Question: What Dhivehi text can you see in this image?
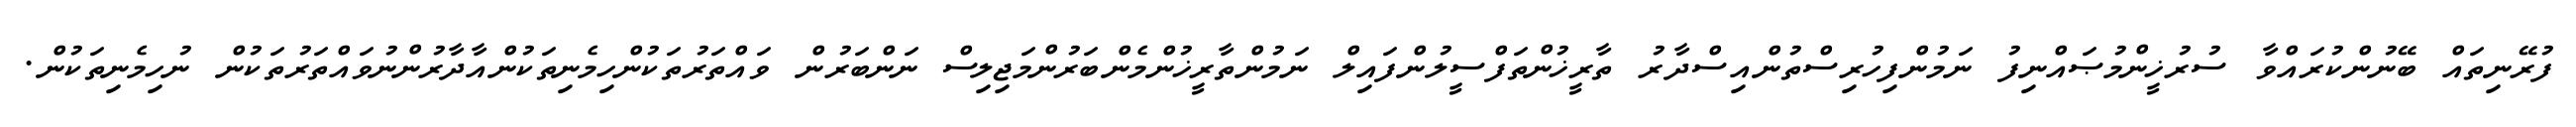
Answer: ފުރޭނިތައް ބޭނުންކުރައްވާ ސުރުޚީންމުޞައްނިފު ނަމުންފިހުރިސްތުންއިސްދާރު ތާރީޚުންތަފްސީލުންފައިލް ނަމުންތާރީޚުންމެންބަރުންމަޖިލިސް ނަންބަރުން ވައްތަރުތަކުންހިމެނިތަކުންއާދާރުންނުވައްތަރުތަކުން ނުހިމެނިތަކުން.